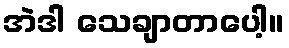
အဲဒါ သေချာတာပေါ့။